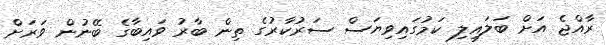
ރާއްޖެ އަށް ބަލައިލި ކަމުގައިވިޔަސް ސަރުކާރުގެ ތިން ބާރު ވައިބާގެ ބޭނުން ވަރަށް